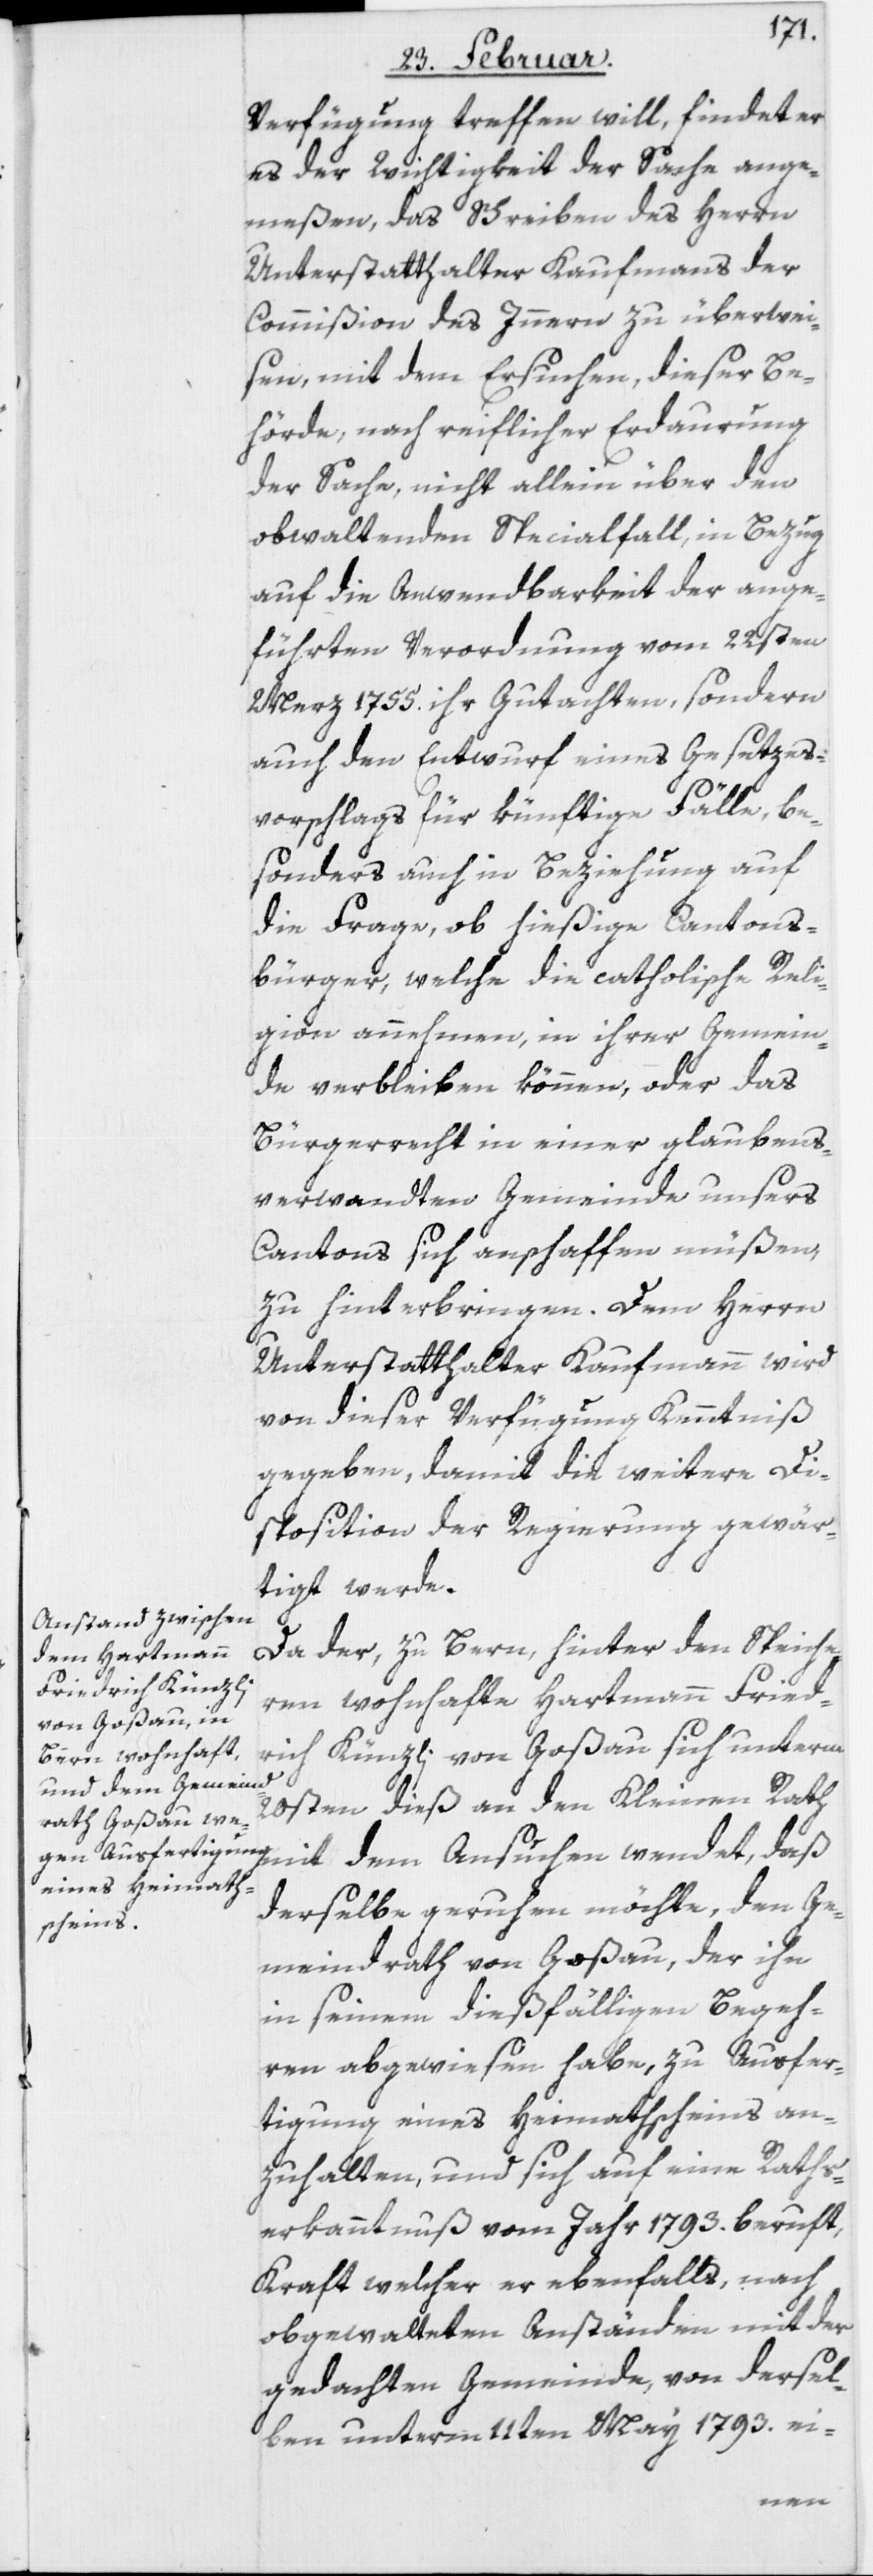
Verfügung treffen will, findet er
es der Wichtigkeit der Sache ange¬
meßen, das Schreiben des Herrn
Unterstatthalter Kaufmanns der
Commißion des Innern zu überwei¬
sen, mit dem Ersuchen, dieser Be¬
hörde, nach reiflicher Erdaurung
der Sache, nicht allein über den
obwaltenden Specialfall, in Bezug
auf die Anwendbarkeit der ange¬
führten Verordnung vom 22sten
Merz 1755. ihr Gutachten, sondern
auch den Entwurf eines Gesetzes¬
vorschlags für künftige Fälle, be¬
sonders auch in Beziehung auf
die Frage, ob hießige Cantons¬
bürger, welche die catholische Reli¬
gion annehmen, in ihrer Gemein¬
de verbleiben können, oder das
Bürgerrecht in einer glaubens¬
verwandten Gemeinde unsers
Cantons sich anschaffen müßen,
zu hinterbringen. Dem Herrn
Unterstatthalter Kaufmann wird
von dieser Verfügung Kenntniß
gegeben, damit die weitere Di¬
sposition der Regierung gewär¬
tigt werde.
Da der, zu Bern, hinter den Speiche¬
ren wohnhafte Hartmann Fried¬
rich Künzli von Goßau sich unterm
20sten dieß an den Kleinen Rath
derselbe geruhen möchte, den Ge¬
meindrath von Goßau, der ihn
in seinem dießfälligen Begeh¬
ren abgewiesen habe, zu Ausfer¬
tigung eines Heimathscheins an¬
zuhalten, und sich auf eine Raths¬
erkanntnuß vom Jahr 1793. beruft,
Kraft welcher er ebenfalls, nach
obgewalteten Anständen mit der
gedachten Gemeinde, von dersel¬
ben unterm 11ten May 1793. ei-